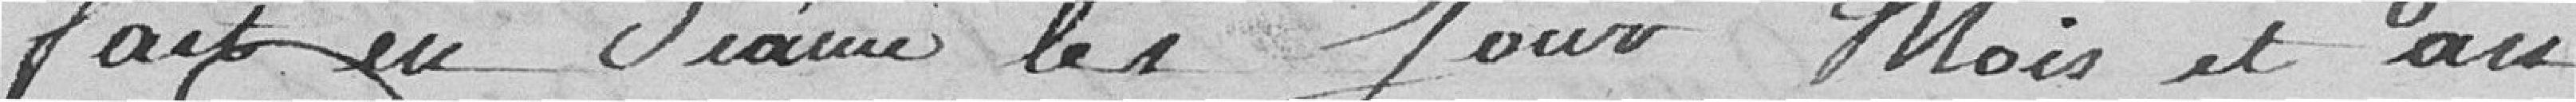
Fait en séance les jour, mois,  et an.